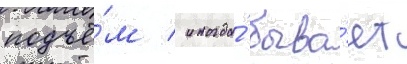
подъё́м / иногда́ быва́ет